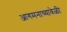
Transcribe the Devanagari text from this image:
आगमनाच्यावेळी